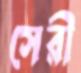
সেরী